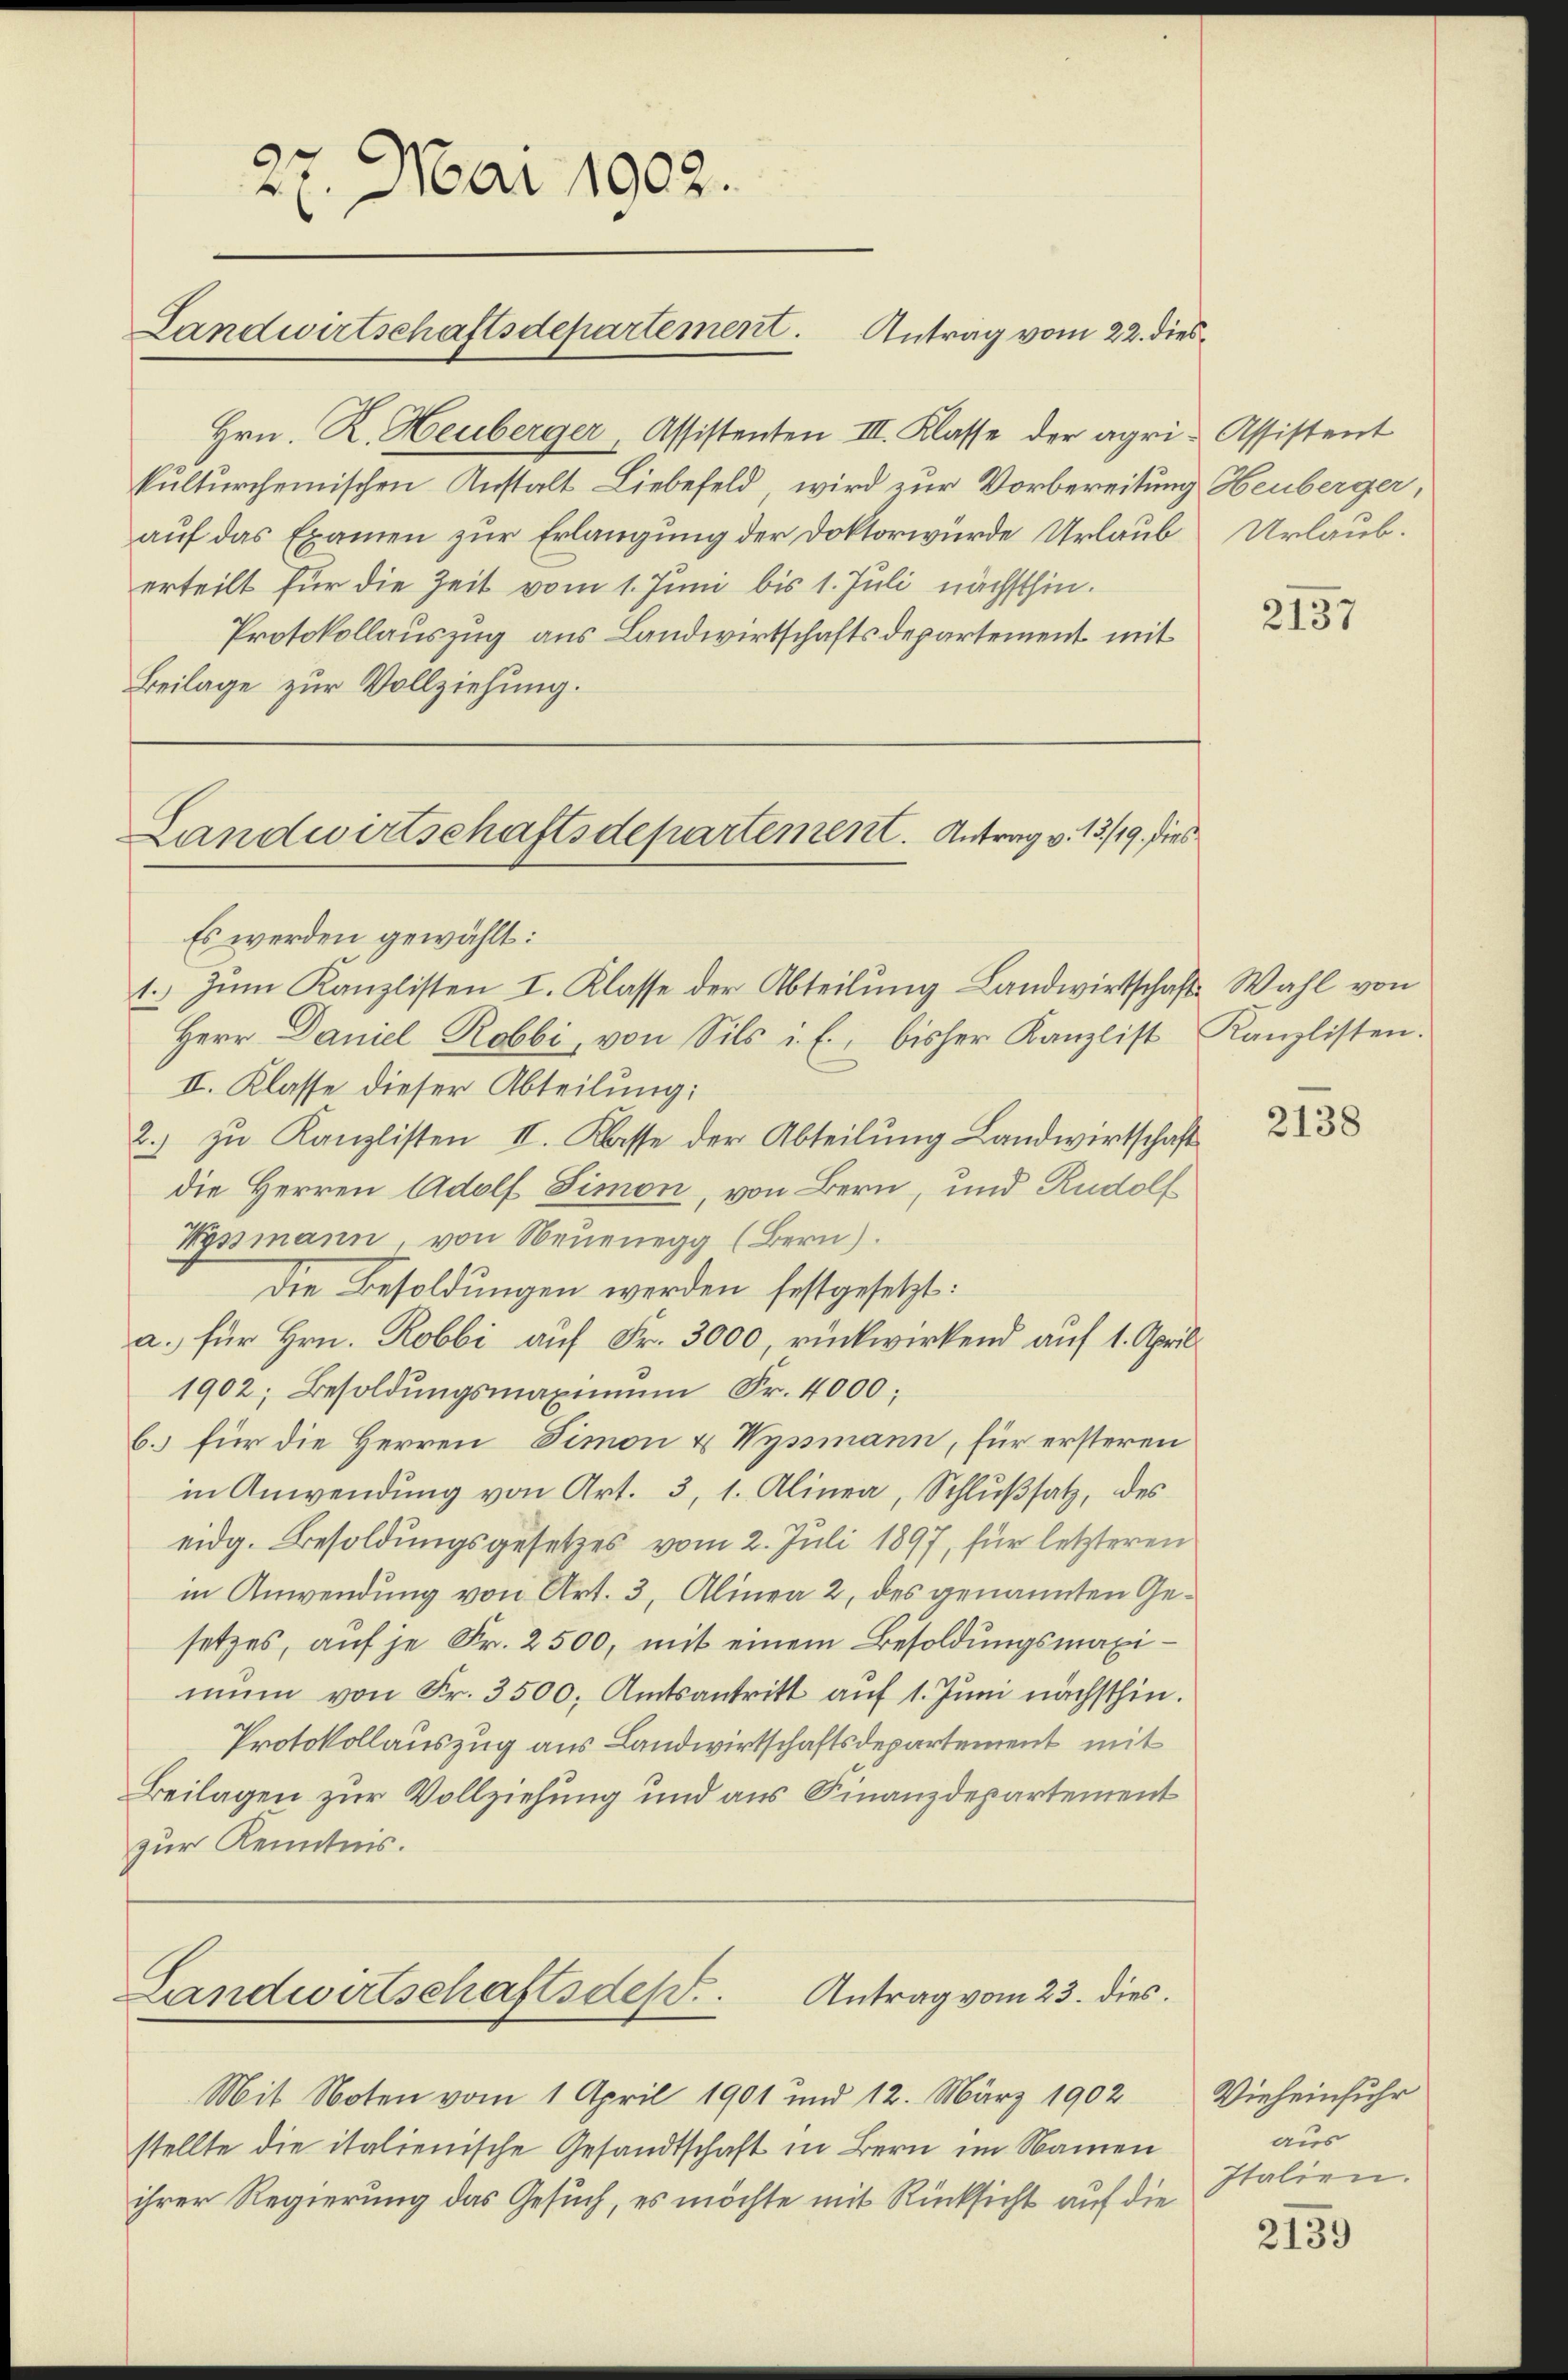
27. Mai 1902.
Landwirtschaftsdepartement. Antrag vom 22. dies¬

Hrn. R. Heuberger Assistenten III. Klasse der agri- Assistent
kulturchemischen Anstalt Liebefeld, wird zur Vorbereitung Heuberger,
auf das Examen zur Erlangung der Doktorwürde Urlaub Urlaub.
erteilt für die Zeit vom 1. Juni bis 1. Juli nächsthin.
Protokollauszug aus Landwirtschaftsdepartement mit
Beilage zur Vollziehung.

Landwirtschaftsdepartement. Antrag v. 13./19. dies

Es werden gewählt:
1. Zum Kanzlisten I. Klasse der Abteilung Landwirtschaft Wahl von
Herr Daniel Robbi, von Sils il., bisher Kanzlist Kanzlisten.
II. Klasse dieser Abteilung:
2.) zu Kanzlisten II. Klasse der Abteilung Landwirtschaft
die Herren Adolf Simon, von Bern, und Rudolf
Wyssmann, von Neuenegg (Bern).
Die Besoldungen werden festgesetzt:
a. für Hrn. Robbi auf Fr. 3000, rückwirkend auf 1. April.
1902; Besoldŭngsmaximŭm Fr. 4000;
b.) für die Herren Simon & Wyssmann, für ersteren
in Anwendung von Art. 3, 1. Alinea, Schlußsatz, des
eidg. Besoldungsgesetzes vom 2. Juli 1897, für letzteren
in Anwendung von Art. 3, Alinea 2, des genannten Gesetzes, auf je Fr. 2500, mit einem Besoldungsmaximŭm von Fr. 3500; Amtsantritt auf 1. Juni nächsthin.
Protokollauszug aus Landwirtschaftsdepartement mit
Beilagen zur Vollziehung und aus Finanzdepartement
zur Kenntnis.
Antrag vom 23. dies.
Landwirtschaftsdes
Mit Noten vom 1. April 1901 und 12. März 1902
stellte die italienische Gesandtschaft in Bern im Namen
ihrer Regierung das Gesuch, es möchte mit Rücksicht auf die

2137

2138

Vieheinfuhr
aus
Italien.

2139